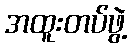
အထူးတပ်ဖွဲ့